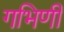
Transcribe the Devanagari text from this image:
गभिणी